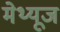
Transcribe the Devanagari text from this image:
मेथ्यूज